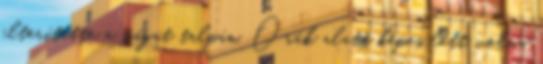
elterítette a vágat talpán. Órák alatt képes lett volna